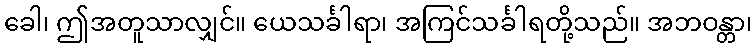
ခေါ၊ ဤအတူသာလျှင်။ ယေသင်္ခါရာ၊ အကြင်သင်္ခါရတို့သည်။ အဘဝန္တာ၊